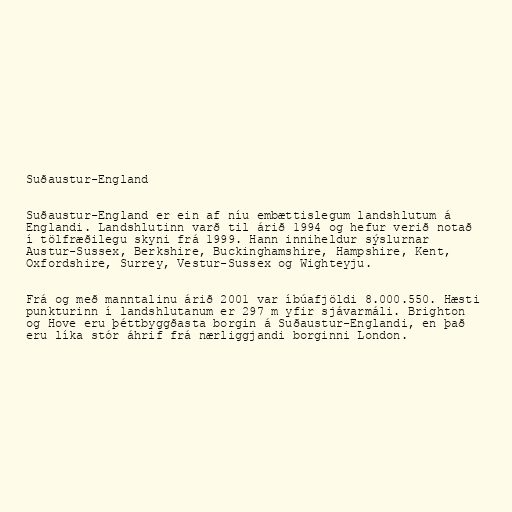
Suðaustur-England

Suðaustur-England er ein af níu embættislegum landshlutum á
Englandi. Landshlutinn varð til árið 1994 og hefur verið notað
í tölfræðilegu skyni frá 1999. Hann inniheldur sýslurnar
Austur-Sussex, Berkshire, Buckinghamshire, Hampshire, Kent,
Oxfordshire, Surrey, Vestur-Sussex og Wighteyju.

Frá og með manntalinu árið 2001 var íbúafjöldi 8.000.550. Hæsti
punkturinn í landshlutanum er 297 m yfir sjávarmáli. Brighton
og Hove eru þéttbyggðasta borgin á Suðaustur-Englandi, en það
eru líka stór áhrif frá nærliggjandi borginni London.